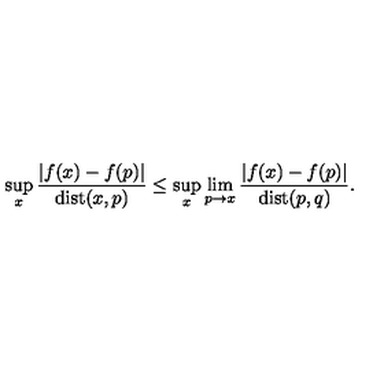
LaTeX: \sup _ { x } \frac { | f ( x ) - f ( p ) | } { \mathrm { d i s t } ( x , p ) } \leq \sup _ { x } \lim _ { p \to x } \frac { | f ( x ) - f ( p ) | } { \mathrm { d i s t } ( p , q ) } .